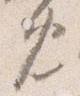
免